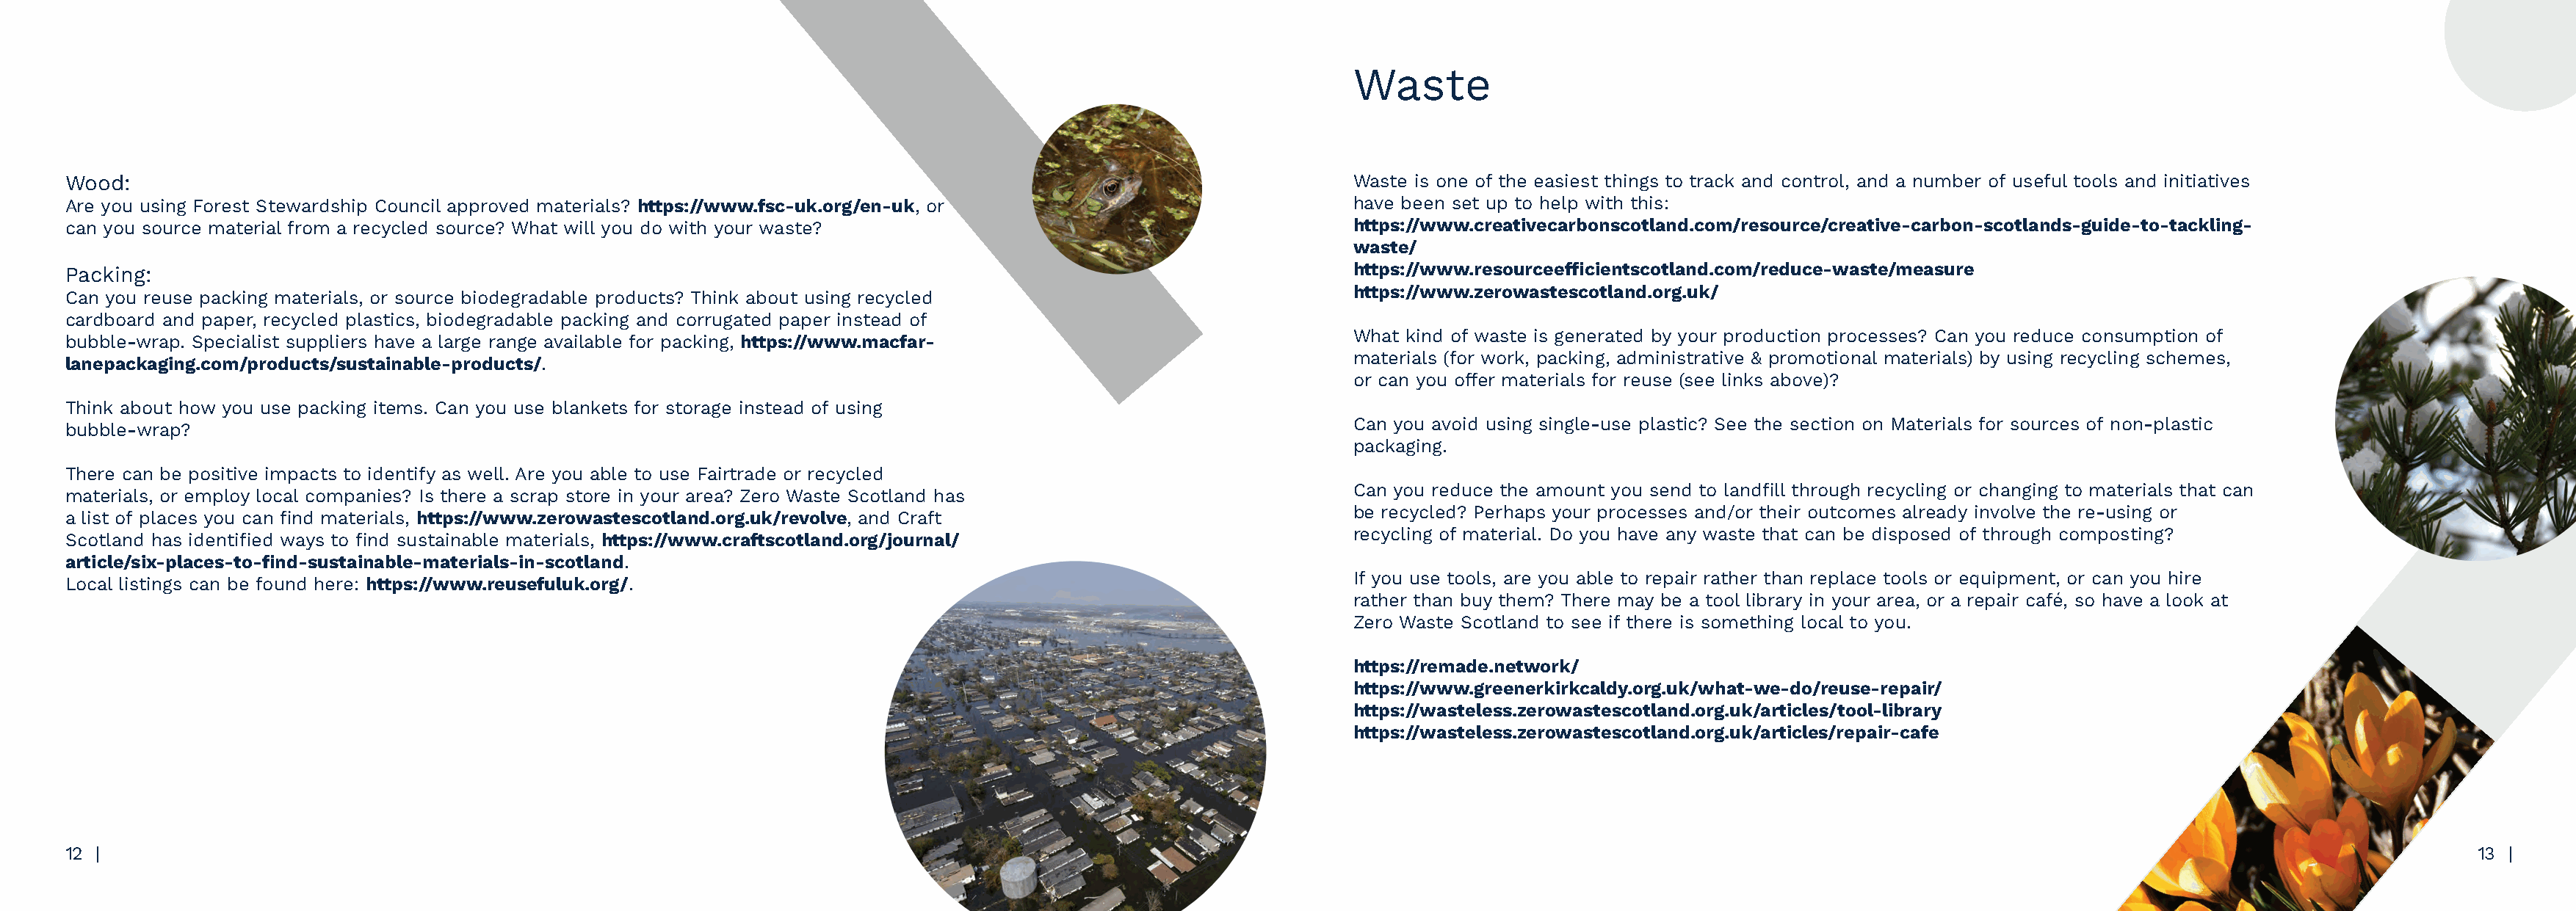
Waste
 Wood:                                                                                                               Waste is one of the easiest things to track and control, and a number of useful tools and initiatives
 Are you using Forest Stewardship Council approved materials? https://www.fsc-uk.org/en-uk, or                       have been set up to help with this:
 can you source material from a recycled source? What will you do with your waste?                                   https://www.creativecarbonscotland.com/resource/creative-carbon-scotlands-guide-to-tackling-
 waste/
 Packing:                                                                                                            https://www.resourceefficientscotland.com/reduce-waste/measure
 https://www.zerowastescotland.org.uk/
 Can you reuse packing materials, or source biodegradable products? Think about using recycled
 cardboard and paper, recycled plastics, biodegradable packing and corrugated paper instead of
 What kind of waste is generated by your production processes? Can you reduce consumption of
 bubble-wrap. Specialist suppliers have a large range available for packing, https://www.macfar-
 materials (for work, packing, administrative & promotional materials) by using recycling schemes,
 lanepackaging.com/products/sustainable-products/.
 or can you offer materials for reuse (see links above)?
 Think about how you use packing items. Can you use blankets for storage instead of using
 Can you avoid using single-use plastic? See the section on Materials for sources of non-plastic
 bubble-wrap?
 packaging.
 There can be positive impacts to identify as well. Are you able to use Fairtrade or recycled
 Can you reduce the amount you send to landfill through recycling or changing to materials that can
 materials, or employ local companies? Is there a scrap store in your area? Zero Waste Scotland has
 be recycled? Perhaps your processes and/or their outcomes already involve the re-using or
 a list of places you can find materials, https://www.zerowastescotland.org.uk/revolve, and Craft
 recycling of material. Do you have any waste that can be disposed of through composting?
 Scotland has identified ways to find sustainable materials, https://www.craftscotland.org/journal/
 article/six-places-to-find-sustainable-materials-in-scotland.
 If you use tools, are you able to repair rather than replace tools or equipment, or can you hire
 Local listings can be found here: https://www.reusefuluk.org/.
 rather than buy them? There may be a tool library in your area, or a repair café, so have a look at
 Zero Waste Scotland to see if there is something local to you.
 https://remade.network/
 https://www.greenerkirkcaldy.org.uk/what-we-do/reuse-repair/
 https://wasteless.zerowastescotland.org.uk/articles/tool-library
 https://wasteless.zerowastescotland.org.uk/articles/repair-cafe
 12 |                                                                                                                                                                                                                     13 |